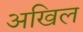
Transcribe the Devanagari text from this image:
अखिल